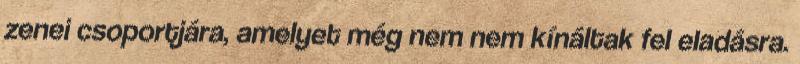
zenei csoportjára, amelyet még nem nem kínáltak fel eladásra.